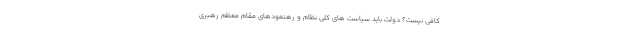
کافی نیست؟ دولت باید سیاست های کلی نظام و رهنمودهای مقام معظم رهبری